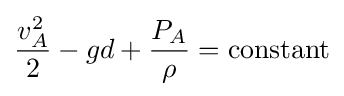
{v_{A}^{2} \over 2}-gd+{P_{A} \over \rho }=\mathrm {constant}